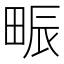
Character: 𤱼